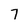
Character: 7